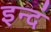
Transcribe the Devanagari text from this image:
इन्दं